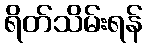
ရိတ်သိမ်းရန်